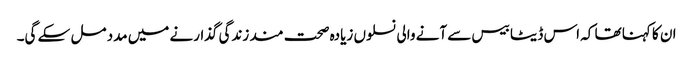
ان کا کہنا تھا کہ اس ڈیٹا بیس سے آنے والی نسلوں زیادہ صحت مند زندگی گذارنے میں مدد مل سکے گی۔